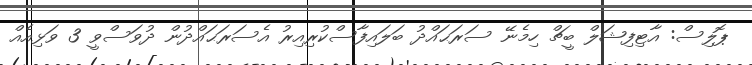
ޕޮލިސް: އާޓިފިޝަލް ބީޗް ހިމެނޭ ސަރަަޙައްދު ބަލައިފާސްކުރިއިރު އެސަރަޙައްދުން ދުވަސްވީ 3 ވަޅިއެއް